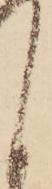
く